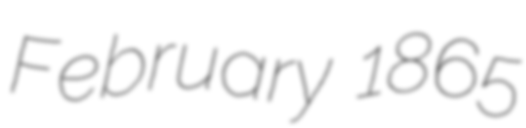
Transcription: February 1865